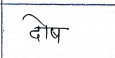
मजकूर: दोष